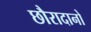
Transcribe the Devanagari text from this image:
छौरादानो